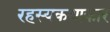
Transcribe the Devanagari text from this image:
रहस्यकथाकार